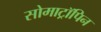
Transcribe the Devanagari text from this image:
सोमाट्रॉपिन